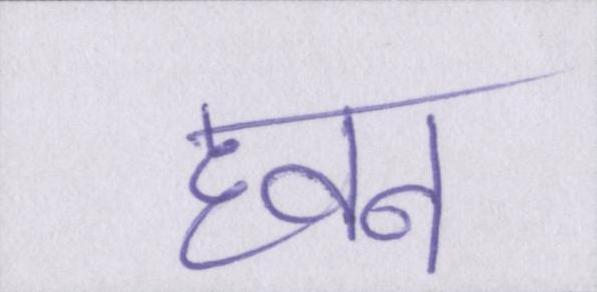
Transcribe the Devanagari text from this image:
हवन